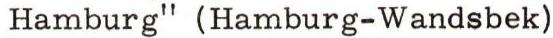
Hamburg" (Hamburg-Wandsbek)